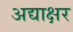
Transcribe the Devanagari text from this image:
अद्याक्षर